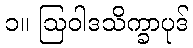
၁။ ဩဝါဒသိက္ခာပုဒ်